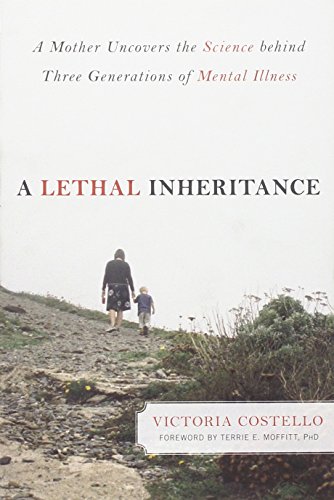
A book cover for A Lethal Inheritance: A Mother Uncovers the Science Behind Three Generations of Mental Illness; Victoria Costello; Health, Fitness & Dieting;